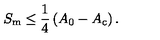
S _ { \mathrm { m } } \leq \frac { 1 } { 4 } \left( A _ { 0 } - A _ { \mathrm { c } } \right) .